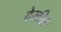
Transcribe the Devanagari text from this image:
देखीले